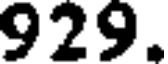
929.